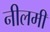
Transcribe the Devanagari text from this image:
नीलमी